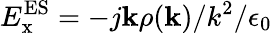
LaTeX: E_{\mathrm{x}}^{\mathrm{ES}}=-j{\mathbf{k}}\rho({\mathbf{k}})/k^{2}/\epsilon_{0}